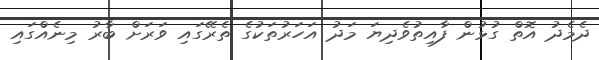
ދެމެދު އޮތް ގުޅުން ފާއިތުވެދިޔަ މަދު އަހަރުތަކުގެ ތެރޭގައި ވަރަށް ބާރު މިނެއްގައި